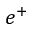
e ^ { + }